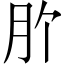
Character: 𭨦